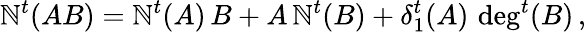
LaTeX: \mathbb{N}^{t}(AB)=\mathbb{N}^{t}(A)\, B+A\, \mathbb{N}^{t}(B)+\delta_{1}^{t}(A)\, \deg^{t}(B)\, ,